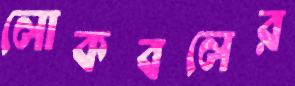
লোকবলের